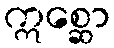
ဣစ္ဆော